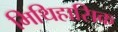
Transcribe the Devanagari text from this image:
मिथिहासिक